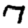
Digit: 7